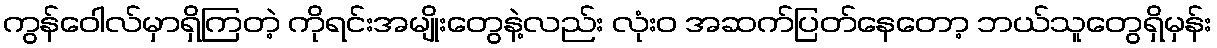
ကွန်ဝေါလ်မှာရှိကြတဲ့ ကိုရင်းအမျိုးတွေနဲ့လည်း လုံးဝ အဆက်ပြတ်နေတော့ ဘယ်သူတွေရှိမှန်း